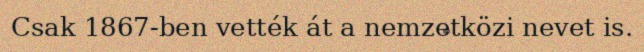
Csak 1867-ben vették át a nemzetközi nevet is.